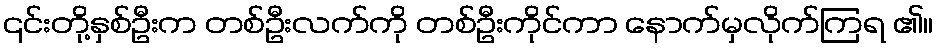
၎င်းတို့နှစ်ဦးက တစ်ဦးလက်ကို တစ်ဦးကိုင်ကာ နောက်မှလိုက်ကြရ ၏။